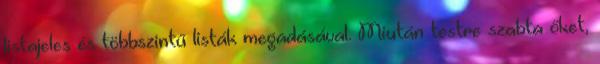
listajeles és többszintű listák megadásával. Miután testre szabta őket,